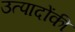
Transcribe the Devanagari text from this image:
उत्पादोंकी